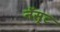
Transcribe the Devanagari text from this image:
नॅस्ट